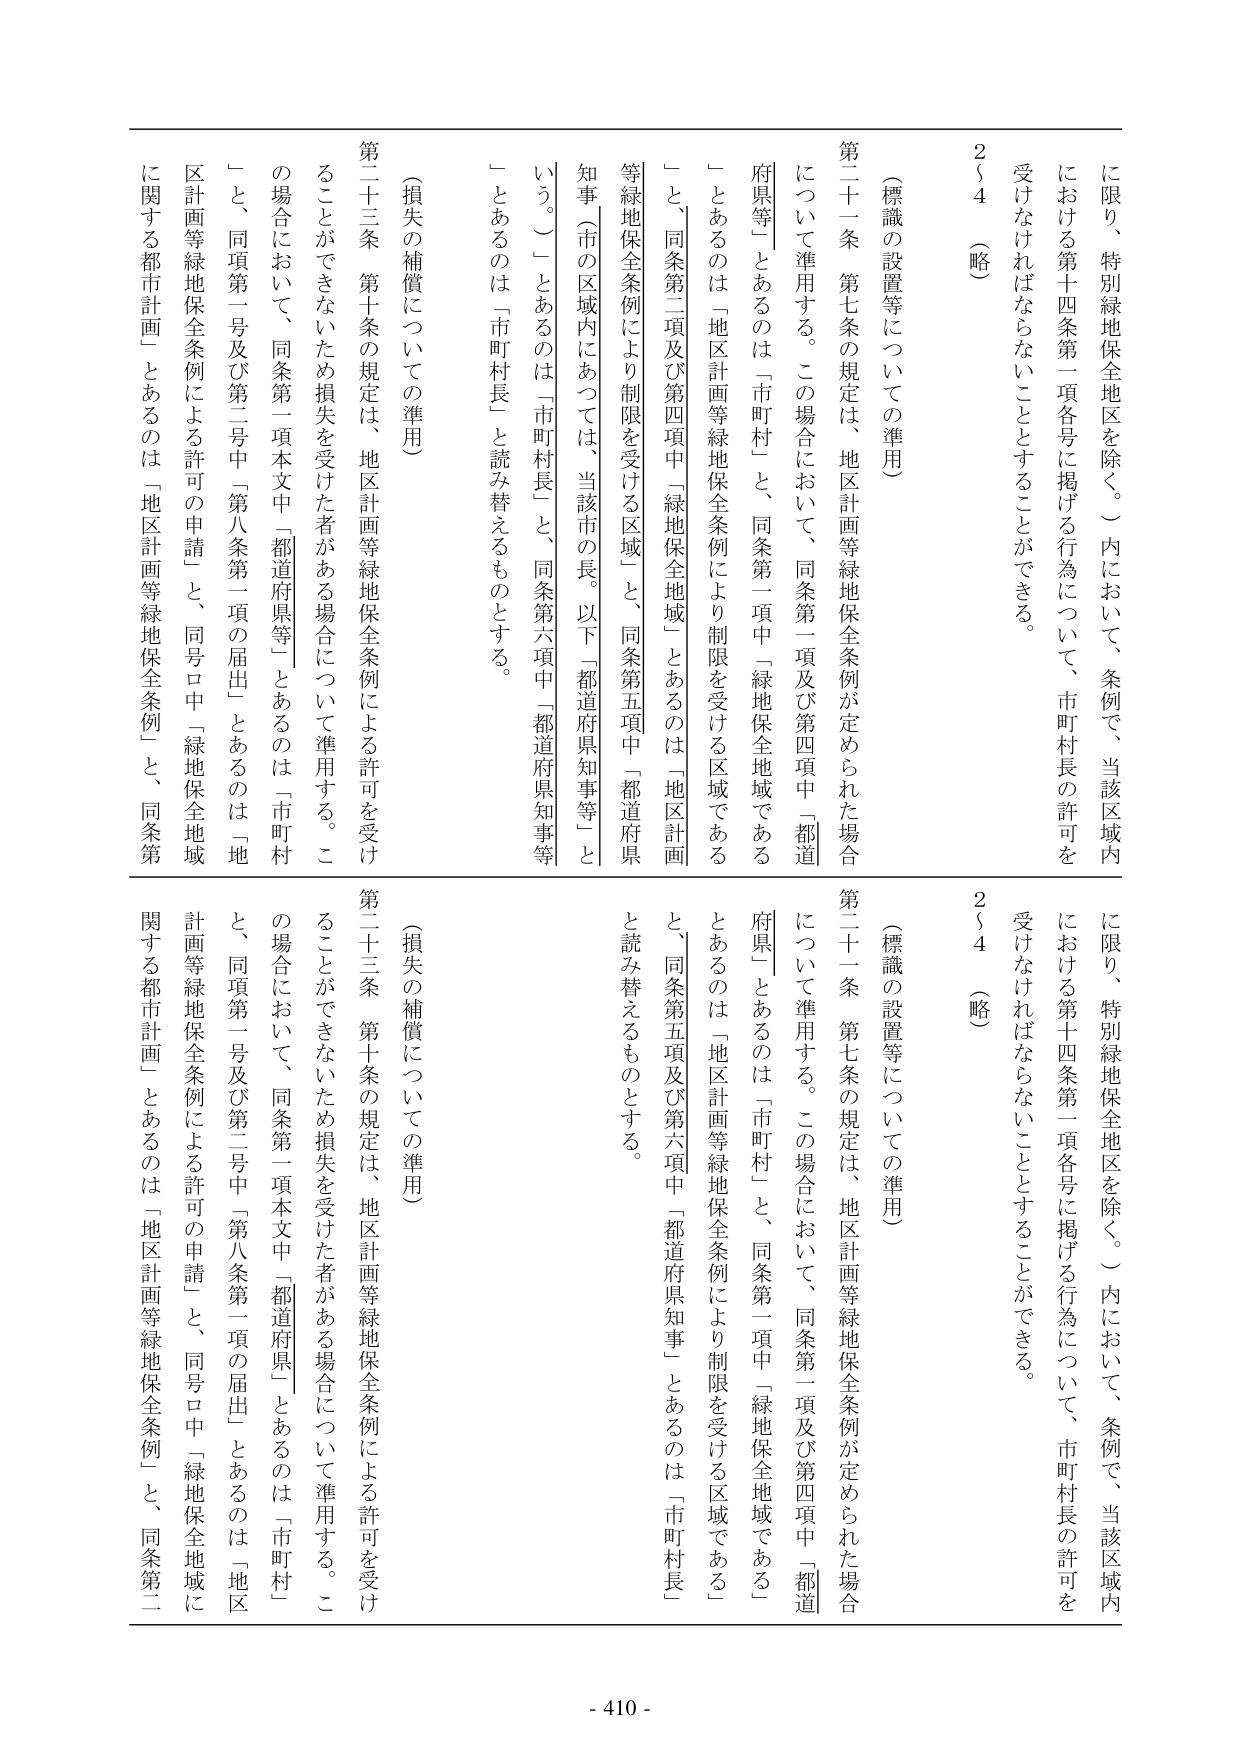
に限り、特別緑地保全地区を除く。）内において、条例で、当該区域内における第十四条第一項各号に掲げる行為について、市町村長の許可を受けなければならないこととすることができる。

２～４（略）

（標識の設置等についての準用）

第二十一条 第七条の規定は、地区計画等緑地保全条例が定められた場合について準用する。この場合において、同条第一項及び第四項中「都道府県等」とあるのは「市町村」と、同条第一項中「緑地保全地域である」とあるのは「地区計画等緑地保全条例により制限を受ける区域である」と、同条第二項及び第四項中「緑地保全地域」とあるのは「地区計画等緑地保全条例により制限を受ける区域」と、同条第五項中「都道府県知事（市の区域内にあつては、当該市の長。以下「都道府県知事等」という。）」とあるのは「市町村長」と、同条第六項中「都道府県知事等」とあるのは「市町村長」と読み替えるものとする。

（損失の補償についての準用）

第二十三条 第十条の規定は、地区計画等緑地保全条例による許可を受けることができないため損失を受けた者がある場合について準用する。この場合において、同条第一項本文中「都道府県等」とあるのは「市町村」と、同項第一号及び第二号中「第八条第一項の届出」とあるのは「地区計画等緑地保全条例による許可の申請」と、同号ロ中「緑地保全地域に関する都市計画」とあるのは「地区計画等緑地保全条例」と、同条第二

に限り、特別緑地保全地区を除く。）内において、条例で、当該区域内における第十四条第一項各号に掲げる行為について、市町村長の許可を受けなければならないこととすることができる。

２～４（略）

（標識の設置等についての準用）

第二十一条 第七条の規定は、地区計画等緑地保全条例が定められた場合について準用する。この場合において、同条第一項及び第四項中「都道府県等」とあるのは「市町村」と、同条第一項中「緑地保全地域である」とあるのは「地区計画等緑地保全条例により制限を受ける区域である」と、同条第五項及び第六項中「都道府県知事」とあるのは「市町村長」と読み替えるものとする。

（損失の補償についての準用）

第二十三条 第十条の規定は、地区計画等緑地保全条例による許可を受けることができないため損失を受けた者がある場合について準用する。この場合において、同条第一項本文中「都道府県」とあるのは「市町村」と、同項第一号及び第二号中「第八条第一項の届出」とあるのは「地区計画等緑地保全条例による許可の申請」と、同号ロ中「緑地保全地域に関する都市計画」とあるのは「地区計画等緑地保全条例」と、同条第二

- 410 -